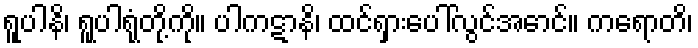
ရူပါနိ၊ ရူပါရုံတို့ကို။ ပါကဋာနိ၊ ထင်ရှားပေါ်လွင်အောင်။ ကရောတိ၊